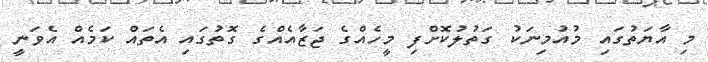
މި އާޔަތުގައި މުއުމިނަކު ގަތުލުކޮށްފި މީހެއްގެ ޖަޒާއެއްގެ ގޮތުގައި އެތައް ކަމެއް އެވަނީ